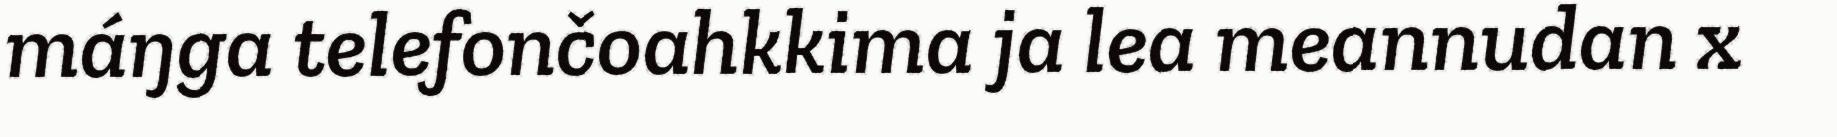
máŋga telefončoahkkima ja lea meannudan x